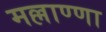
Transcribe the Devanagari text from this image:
मल्लाण्णा